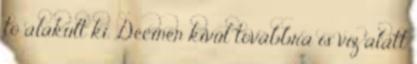
tó alakult ki. Decínen kívül továbbra is víz alatt